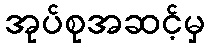
အုပ်စုအဆင့်မှ